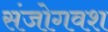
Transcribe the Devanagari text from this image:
संजोगवश